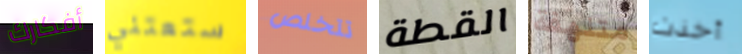
أفكارك ستعتني تتخلص القطة متلهفة أخذت